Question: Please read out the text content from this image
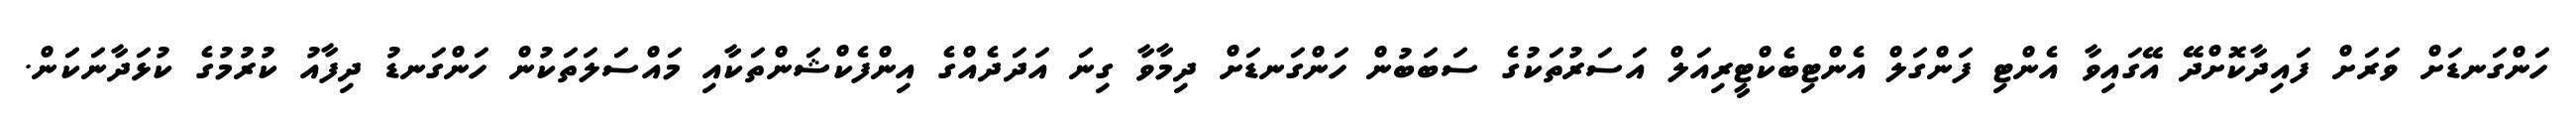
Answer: ހަންގަނޑަށް ވަރަށް ފައިދާކޮށްދޭ އޭގައިވާ އެންޓި ފަންގަލް އެންޓިބެކްޓީރިއަލް އަސަރުތަކުގެ ސަބަބުން ހަންގަނޑަށް ދިމާވާ ގިނަ އަދަދެއްގެ އިންފެކްޝަންތަކާއި މައްސަލަތަކުން ހަންގަނޑު ދިފާއު ކުރުމުގެ ކުޅަދާނަކަން.